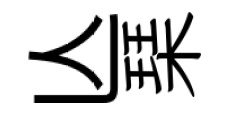
亾琹